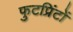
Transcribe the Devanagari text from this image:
फुटप्रिंटों